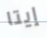
إيتا